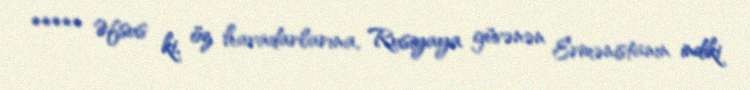
***** Əfsus ki, öz havadarlarına, Rusiyaya güvənən Ermənistanın indiki